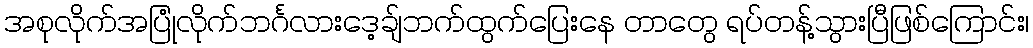
အစုလိုက်အပြုံလိုက်ဘင်္ဂလားဒေ့ချ်ဘက်ထွက်ပြေးနေ တာတွေ ရပ်တန့်သွားပြီဖြစ်ကြောင်း၊